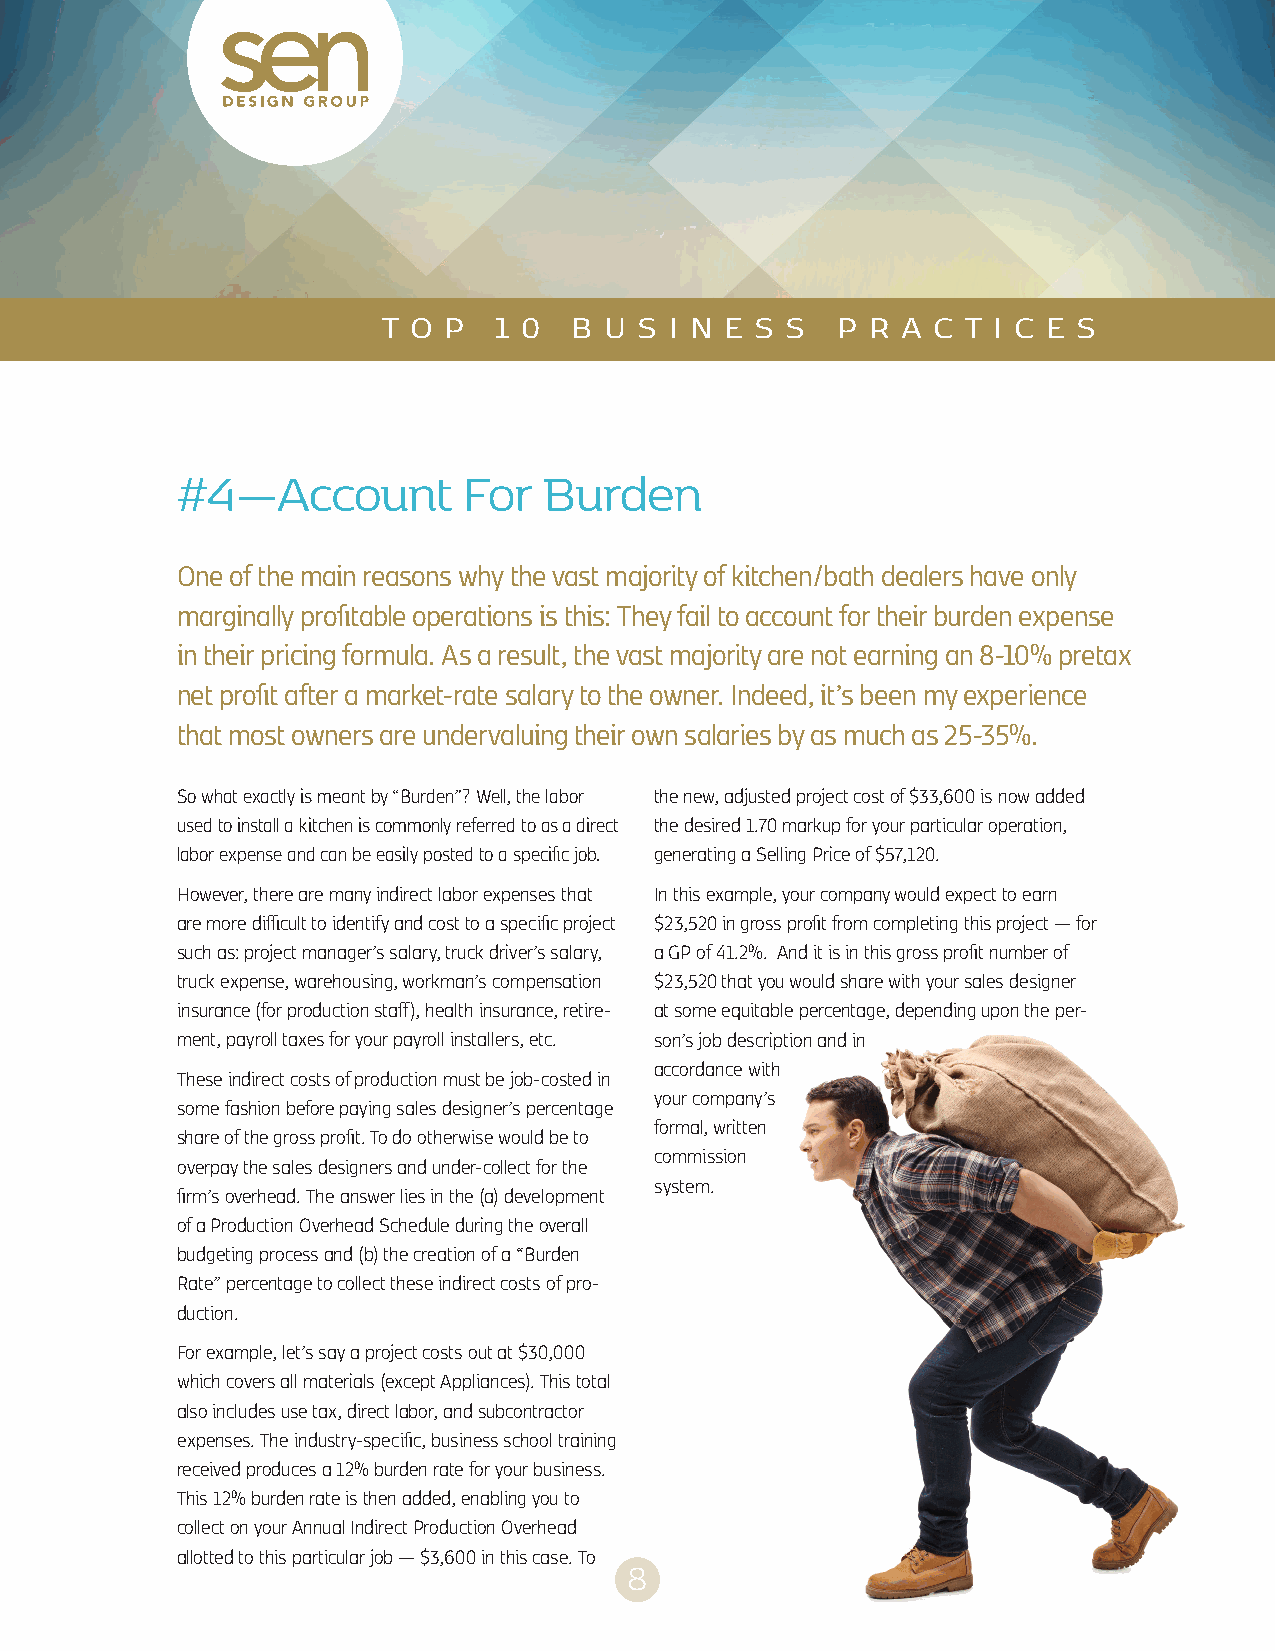
T O P   1 0  B U S I N E S S  P  R A C T I C E S
 #4—Account         For  Burden
 One of the main reasons why the vast majority of kitchen/bath dealers have only
 marginally profitable operations is this: They fail to account for their burden expense
 in their pricing formula. As a result, the vast majority are not earning an 8-10% pretax
 net profit after a market-rate salary to the owner. Indeed, it’s been my experience
 that most owners are undervaluing their own salaries by as much as 25-35%.
 So what exactly is meant by “Burden”? Well, the labor the new, adjusted project cost of $33,600 is now added
 used to install a kitchen is commonly referred to as a direct the desired 1.70 markup for your particular operation,
 labor expense and can be easily posted to a specific job. generating a Selling Price of $57,120.
 However, there are many indirect labor expenses that In this example, your company would expect to earn
 are more difficult to identify and cost to a specific project $23,520 in gross profit from completing this project — for
 such as: project manager’s salary, truck driver’s salary, a GP of 41.2%. And it is in this gross profit number of
 truck expense, warehousing, workman’s compensation $23,520 that you would share with your sales designer
 insurance (for production staff), health insurance, retire- at some equitable percentage, depending upon the per-
 ment, payroll taxes for your payroll installers, etc. son’s job description and in
 accordance with
 These indirect costs of production must be job-costed in
 your company’s
 some fashion before paying sales designer’s percentage
 formal, written
 share of the gross profit. To do otherwise would be to
 commission
 overpay the sales designers and under-collect for the
 system.
 firm’s overhead. The answer lies in the (a) development
 of a Production Overhead Schedule during the overall
 budgeting process and (b) the creation of a “Burden
 Rate” percentage to collect these indirect costs of pro-
 duction.
 For example, let’s say a project costs out at $30,000
 which covers all materials (except Appliances). This total
 also includes use tax, direct labor, and subcontractor
 expenses. The industry-specific, business school training
 received produces a 12% burden rate for your business.
 This 12% burden rate is then added, enabling you to
 collect on your Annual Indirect Production Overhead
 allotted to this particular job — $3,600 in this case. To
 8